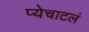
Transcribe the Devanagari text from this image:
प्येचाटलं